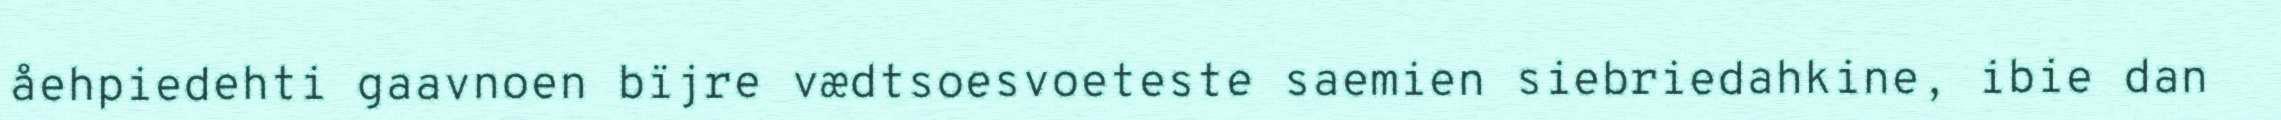
åehpiedehti gaavnoen bïjre vædtsoesvoeteste saemien siebriedahkine, ibie dan